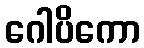
ဂေါပိကော